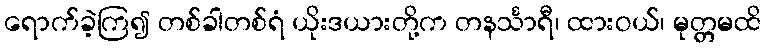
ရောက်ခဲ့ကြ၍ တစ်ခါတစ်ရံ ယိုးဒယားတို့က တနင်္သာရီ၊ ထားဝယ်၊ မုတ္တမထိ